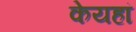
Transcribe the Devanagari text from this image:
केयहां